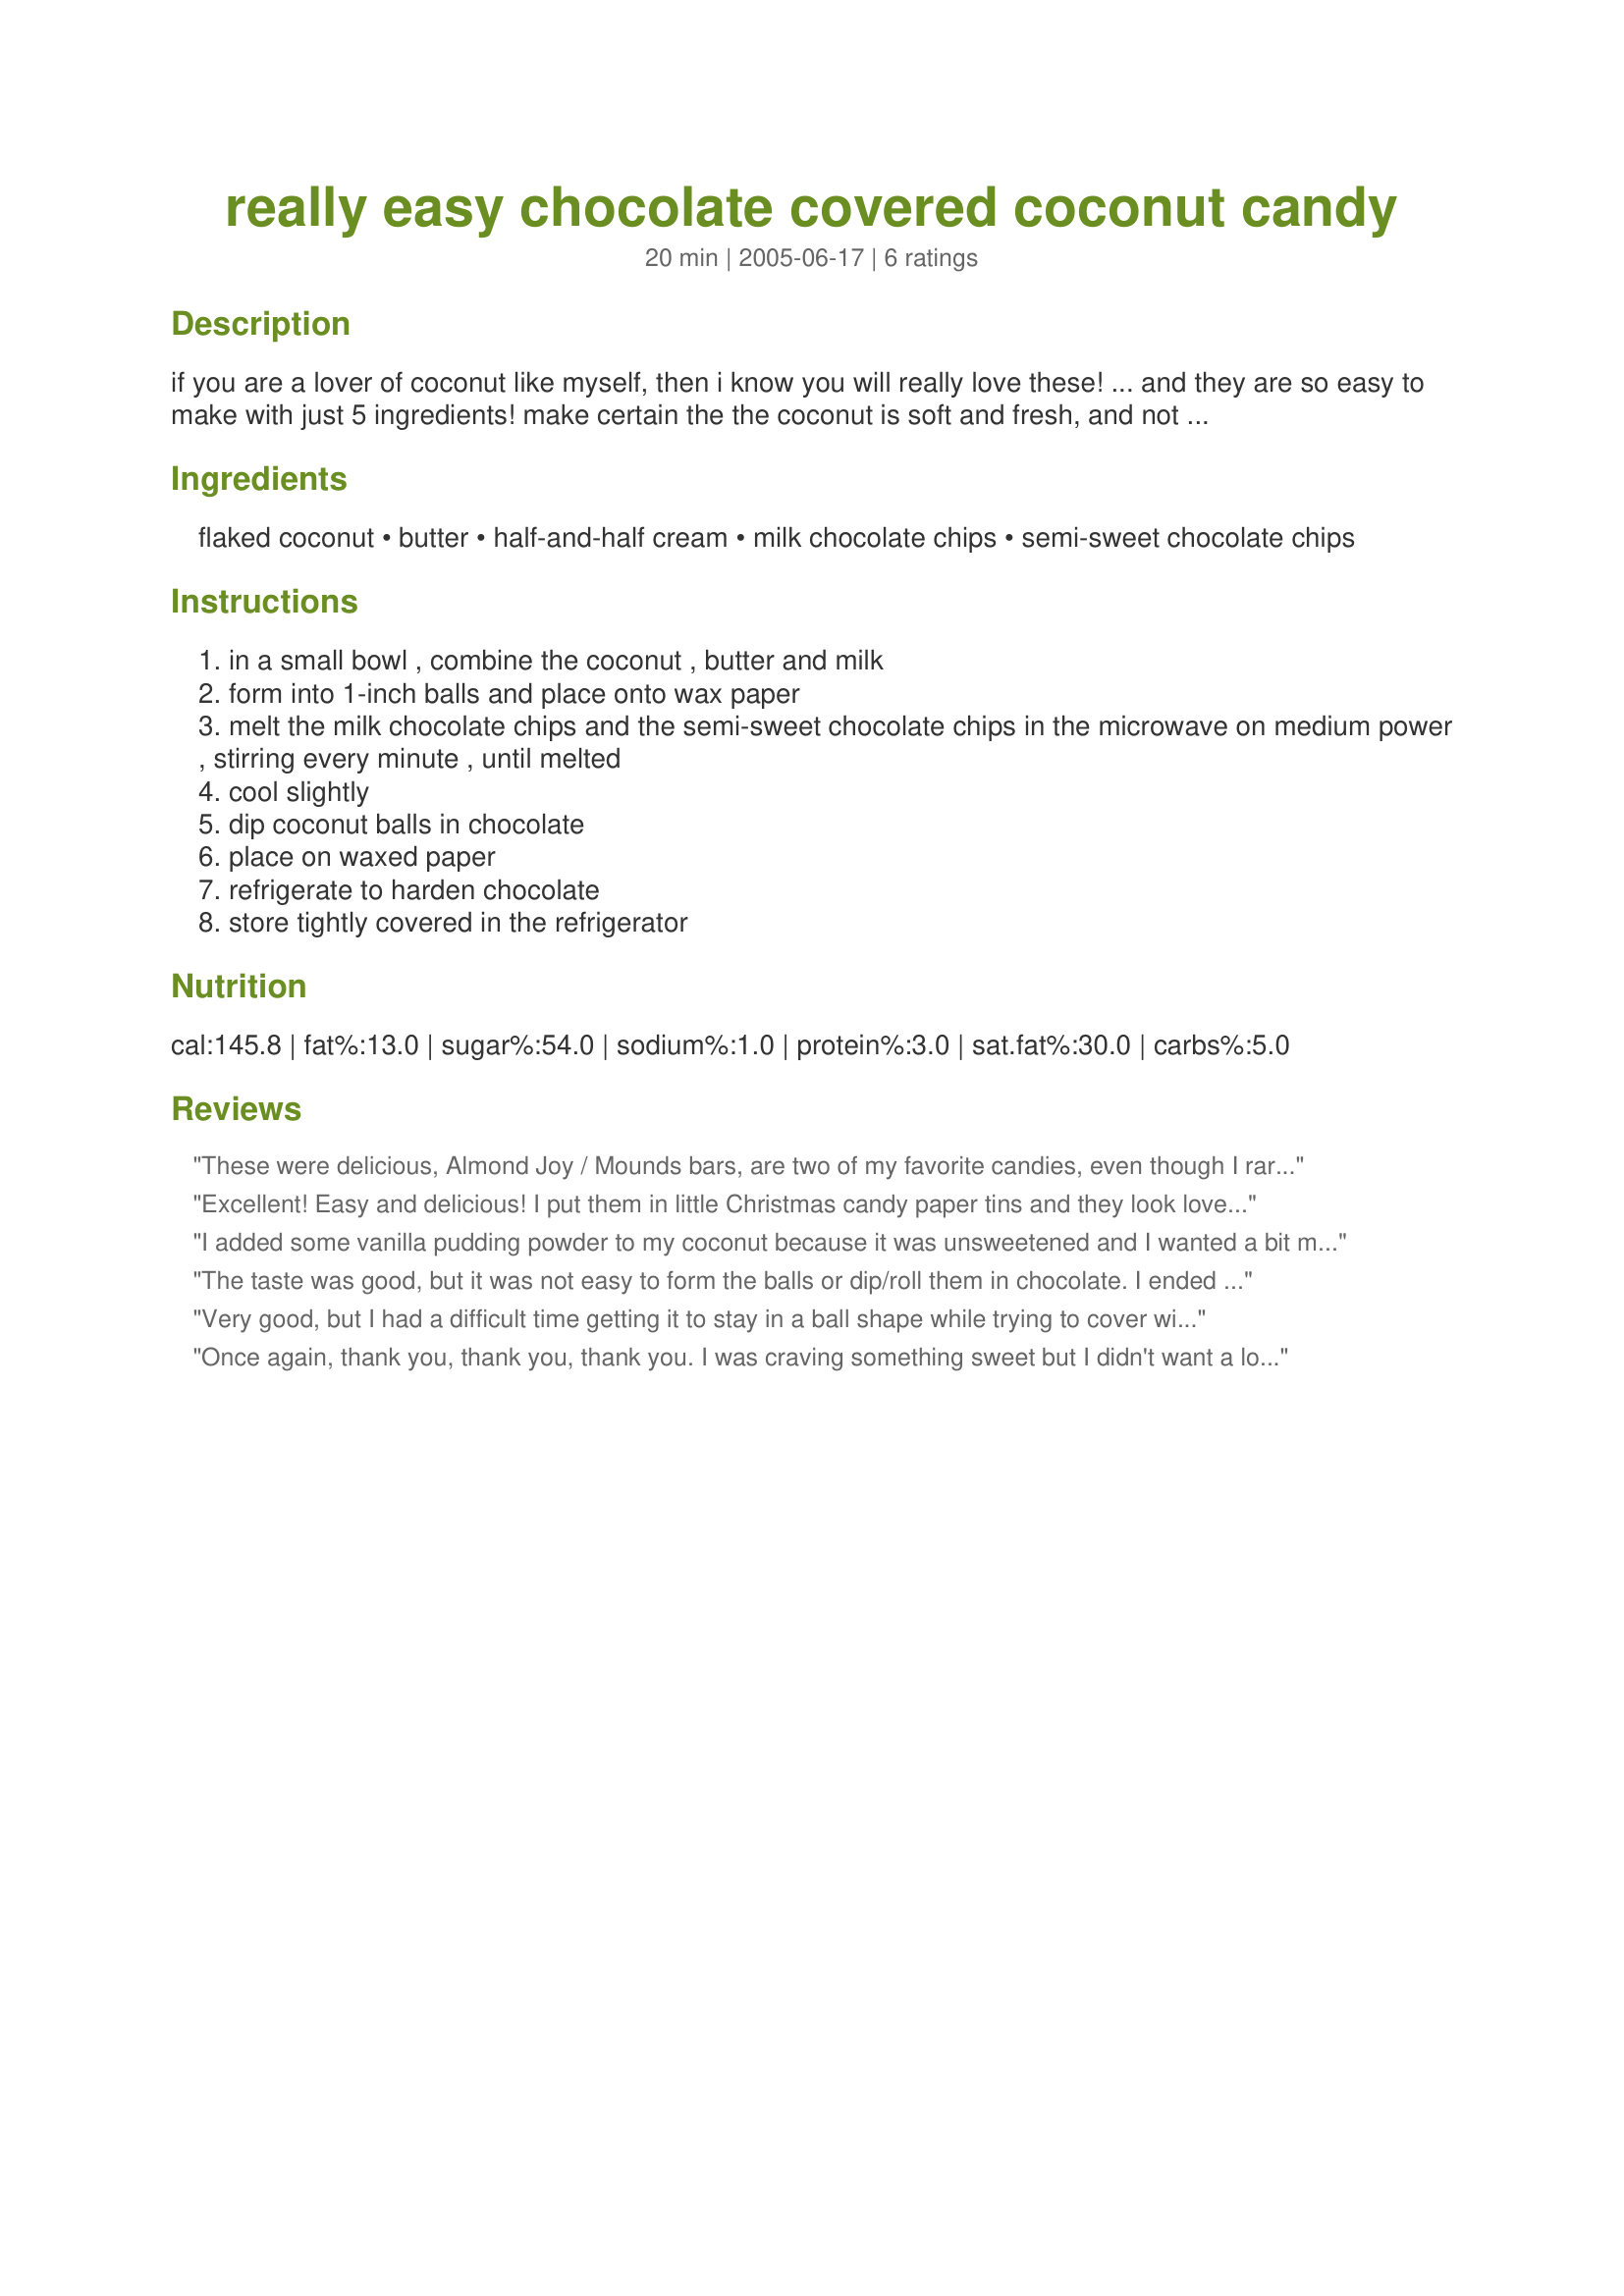
really easy chocolate covered coconut candy
Preparation time: 20 minutes

if you are a lover of coconut like myself, then i know you will really love these! ... and they are so easy to make with just 5 ingredients! make certain the the coconut is soft and fresh, and not hard and dry. if you find that the coconut is shredded too large, just pulse in the food processor for just a few seconds.

Ingredients:
flaked coconut, butter, half-and-half cream, milk chocolate chips, semi-sweet chocolate chips

Steps:
in a small bowl , combine the coconut , butter and milk
form into 1-inch balls and place onto wax paper
melt the milk chocolate chips and the semi-sweet chocolate chips in the microwave on medium power , stirring every minute , until melted
cool slightly
dip coconut balls in chocolate
place on waxed paper
refrigerate to harden chocolate
store tightly covered in the refrigerator

Reviews:
These were delicious, Almond Joy / Mounds bars, are two of my favorite candies, even though I rarely eat them. Once in awhile I need a 'chocolate fix' and these were sooo easy and hit the spot. I have to thank 'Hot Pepper Rosemary Jelly' for her tips, which I used, and am sure, made them a tad sweeter and the rolling / dipping technique much easier. Update: needed another chocolate 'fix'. This time I pulsed the coconut in my food processor first, because last time I discovered that the flakes were shredded too large. Perfect.
Excellent! Easy and delicious! I put them in little Christmas candy paper tins and they look lovely! I sprinkled some large sugar crystals on them before they dried and they look lovely! 
The only thing I did different was I chilled them before dipping in chocolate and they were nice and firm for me! One more thing, I added 1/4 cup of confectioners sugar as the coconut mixture was not sticking together...Thank you for this great recipe. I will definitely make them again! For sure! Jelly
I added some vanilla pudding powder to my coconut because it was unsweetened and I wanted a bit more sweetness. I found the candies were difficult to coat in chocolate. The chocolate chips in the microwave just didn't do it for me.
Good taste, and relatively easy except for the dipping part.
 I might make these again.
The taste was good, but it was not easy to form the balls or dip/roll them in chocolate. I ended up mixing a little of the melted chocolate into the coconut and refrigerating the mixture to get them to form into balls. As soon as the balls hit the warm chocolate, they fell apart. I finally just mixed it all together and made little clusters. I saw other recipes which called for honey or sweetened condensed milk to bind the mixture, and I think that would work better, even if it&#039;s not as &quot;easy.&quot; Was hopeful, but disappointed with this recipe, and won&#039;t use it again.
Very good, but I had a difficult time getting it to stay in a ball shape while trying to cover with the chocolate. Once I got it figured out (patience) they turned out great. Yummy. Thanks for posting!
Once again, thank you, thank you, thank you. I was craving something sweet but I didn't want a lot of mess or work. These were perfect and sooo good.
